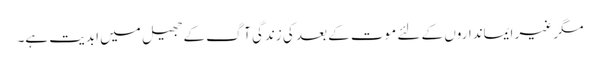
مگر غیر ایمانداروں کے لئے موت کے بعد کی زندگی آگ کے جھیل میں ابدیت ہے۔